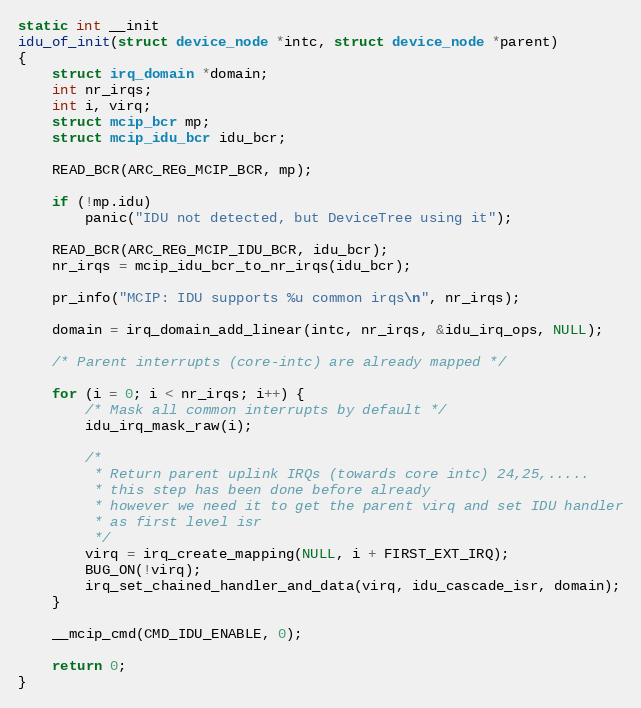
Language: C
static int __init
idu_of_init(struct device_node *intc, struct device_node *parent)
{
	struct irq_domain *domain;
	int nr_irqs;
	int i, virq;
	struct mcip_bcr mp;
	struct mcip_idu_bcr idu_bcr;

	READ_BCR(ARC_REG_MCIP_BCR, mp);

	if (!mp.idu)
		panic("IDU not detected, but DeviceTree using it");

	READ_BCR(ARC_REG_MCIP_IDU_BCR, idu_bcr);
	nr_irqs = mcip_idu_bcr_to_nr_irqs(idu_bcr);

	pr_info("MCIP: IDU supports %u common irqs\n", nr_irqs);

	domain = irq_domain_add_linear(intc, nr_irqs, &idu_irq_ops, NULL);

	/* Parent interrupts (core-intc) are already mapped */

	for (i = 0; i < nr_irqs; i++) {
		/* Mask all common interrupts by default */
		idu_irq_mask_raw(i);

		/*
		 * Return parent uplink IRQs (towards core intc) 24,25,.....
		 * this step has been done before already
		 * however we need it to get the parent virq and set IDU handler
		 * as first level isr
		 */
		virq = irq_create_mapping(NULL, i + FIRST_EXT_IRQ);
		BUG_ON(!virq);
		irq_set_chained_handler_and_data(virq, idu_cascade_isr, domain);
	}

	__mcip_cmd(CMD_IDU_ENABLE, 0);

	return 0;
}